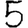
Digit: 5